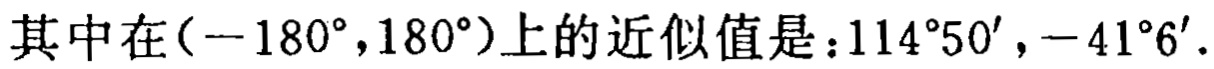
其中在\((-180^{\circ},180^{\circ})\)上的近似值是：\(114^{\circ}50'\)，\(-41^{\circ}6'\)。